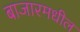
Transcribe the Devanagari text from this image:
बाजारमधील